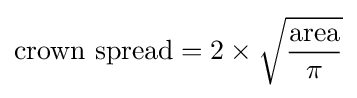
{\text{crown spread}}=2\times {\sqrt {\frac {\text{area}}{\pi }}}